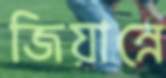
জিয়ান্নে